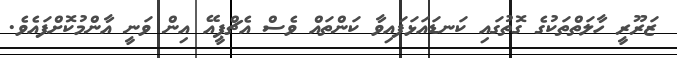
ޒަރޫރީ ހާލަތްތަކުގެ ގޮތުގައި ކަނޑައަޅަފައިވާ ކަންތައް ވެސް އެޗްޕީއޭ އިން ވަނީ އާންމުކޮށްފައެވެ.